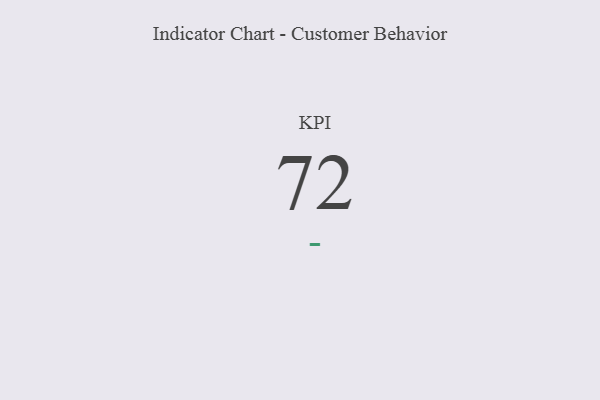
{"axis": {"x": "KPI", "y": "Value"}, "legend": [""], "data": [{"x": "KPI", "y": 72, "type": ""}]}